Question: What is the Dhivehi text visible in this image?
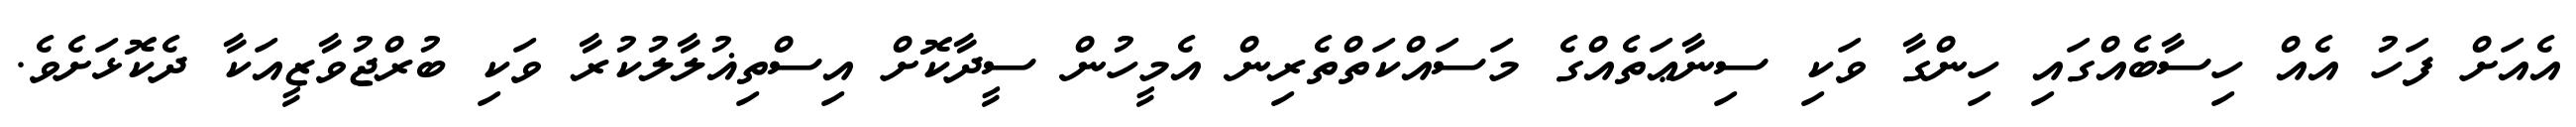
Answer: އެއަށް ފަހު އެއް ހިސާބެއްގައި ހިންގާ ވަކި ސިނާޢަތެއްގެ މަސައްކަތްތެރިން އެމީހުން ސީދާކޮށް އިސްތިޣުލާލުކުރާ ވަކި ބުރްޖުވާޒީއަކާ ދެކޮޅަށެވެ.